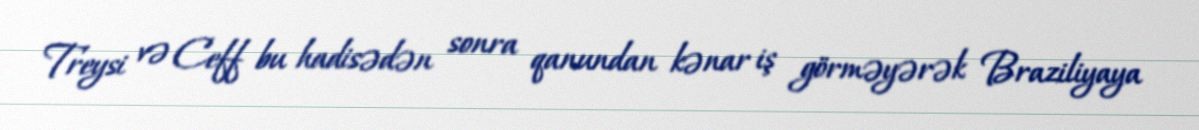
Treysi və Ceff bu hadisədən sonra qanundan kənar iş görməyərək Braziliyaya